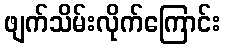
ဖျက်သိမ်းလိုက်ကြောင်း